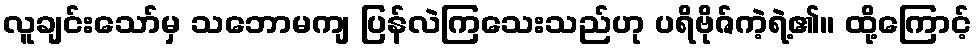
လူချင်းသော်မှ သဘောမကျ ပြန်လဲကြသေးသည်ဟု ပရိဗိုဇ်ကဲ့ရဲ့၏။ ထို့ကြောင့်